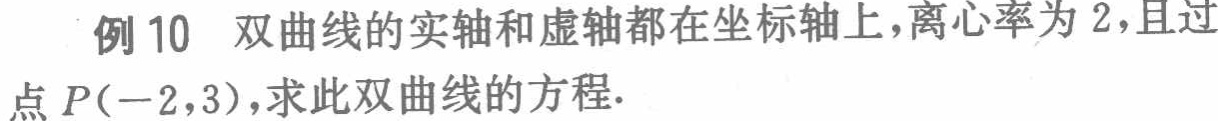
例10 双曲线的实轴和虚轴都在坐标轴上，离心率为 2，且过点 \(P(-2,3)\)，求此双曲线的方程.